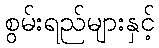
စွမ်းရည်များနှင့်